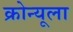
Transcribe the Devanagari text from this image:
क्रोन्यूला